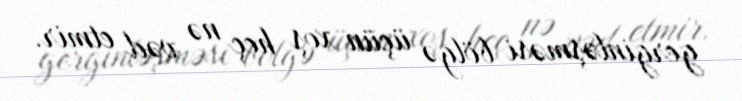
gerginləşməsi bölgə üçün xoş heç nə vəd etmir.